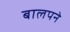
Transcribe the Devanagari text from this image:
बालपने